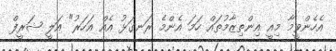
އެހެންވީމާ މިއީ އިންތިޒާމުތައް ހަމަ އެންމެ ރަނގަޅު އެއް އަަހަރު" އަލީ ޝަރީފް